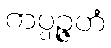
ကပ္ပဉ္ဇဟံ